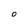
Character: O